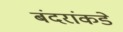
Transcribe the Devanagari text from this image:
बंदरांकडे